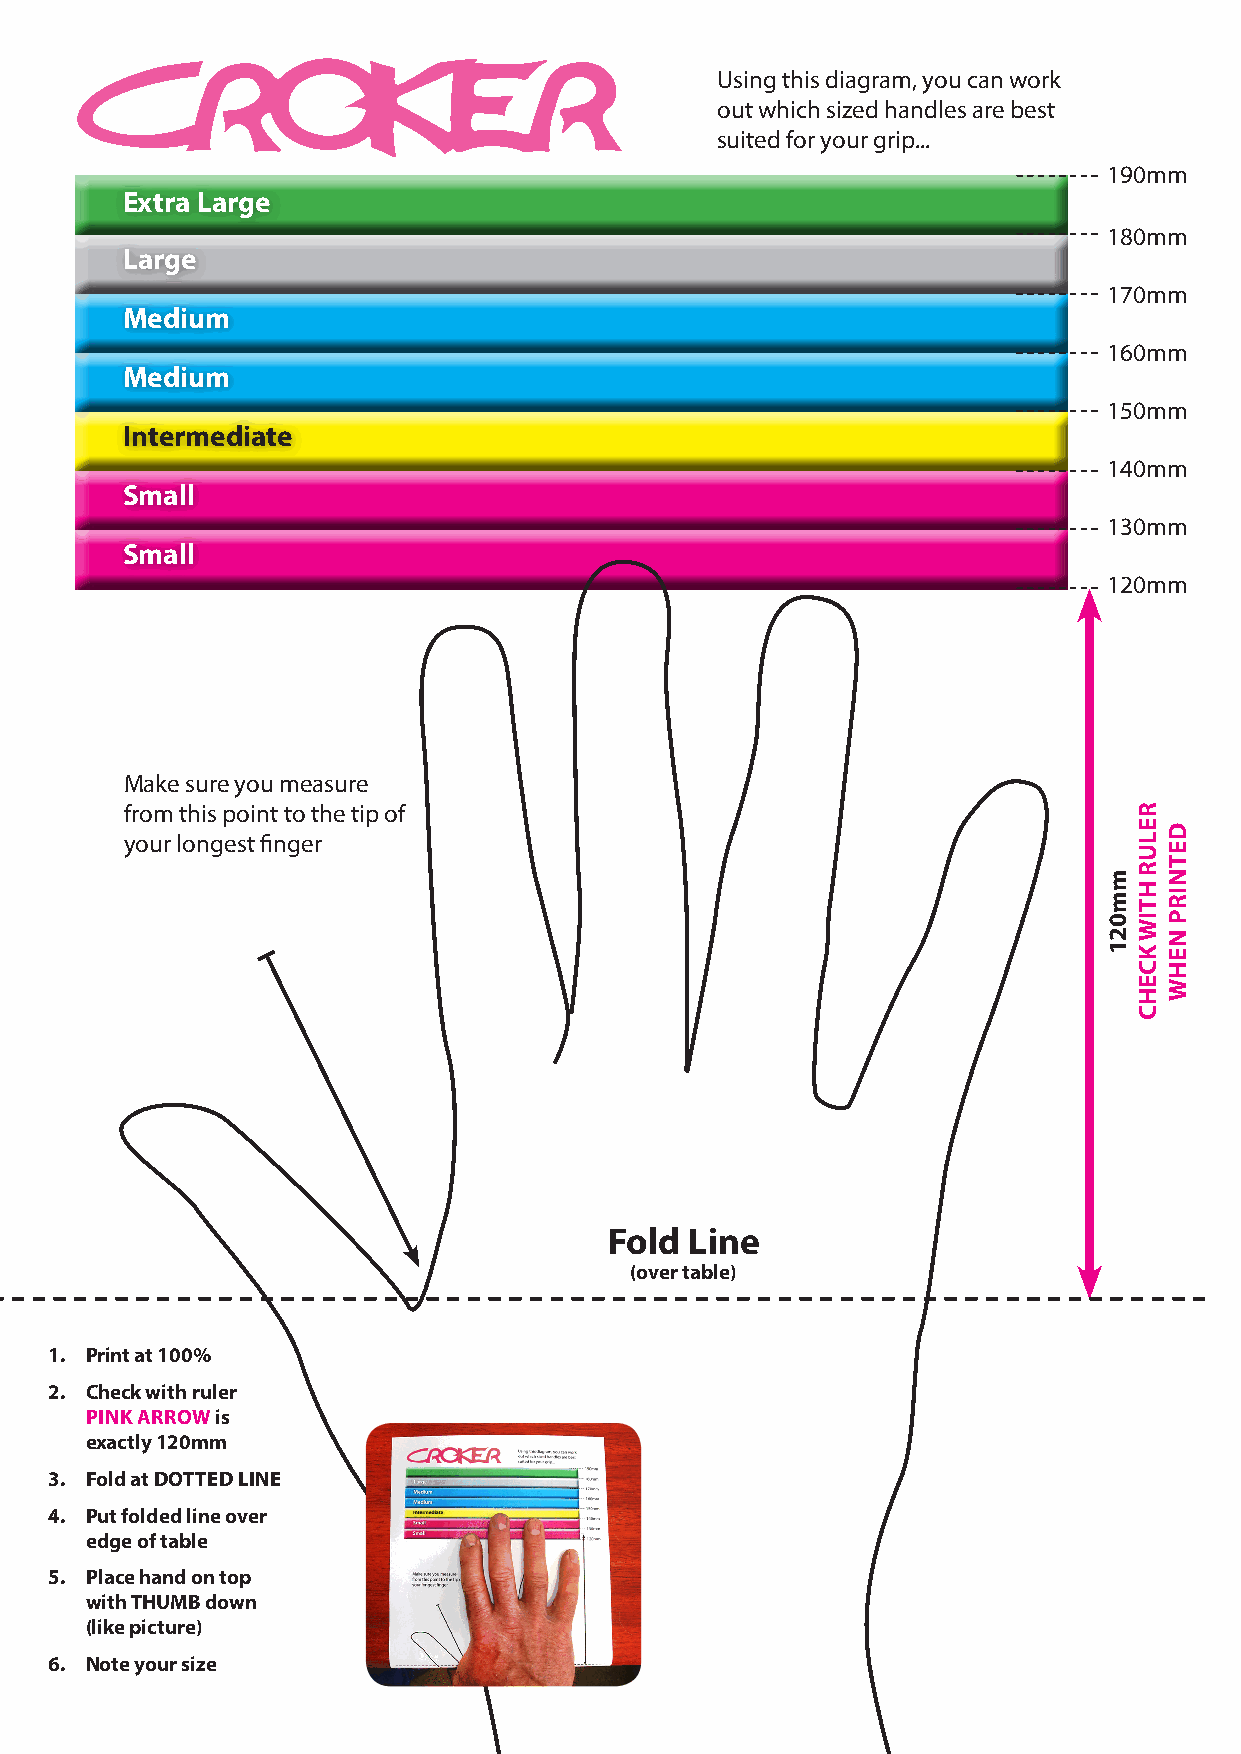
Using this diagram, you can work
 out which sized handles are best
 suited for your grip...
 190mm
 Extra Large
 180mm
 Large
 170mm
 Medium
 160mm
 Medium
 150mm
 Intermediate
 140mm
 Small
 130mm
 Small
 120mm
 Make sure you measure
 from this point to the tip of
 your longest finger
 Fold  Line
 (over table)
 1. Print at 100%
 2. Check with ruler
 PINK ARROW is
 exactly 120mm
 3. Fold at DOTTED LINE
 4. Put folded line over
 edge of table
 5. Place hand on top
 with THUMB down
 (like picture)
 6. Note your size
 mm021
 RELUR
 HTIW
 KCEHC
 DETNIRP
 NEHW